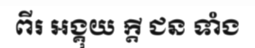
ពីរ អង្គុយ ក្តី ជន ទាំង